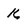
Character: K